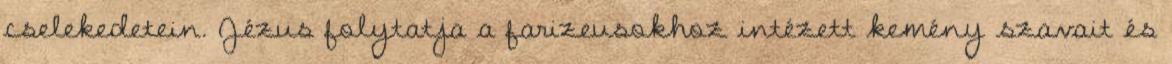
cselekedetein. Jézus folytatja a farizeusokhoz intézett kemény szavait és